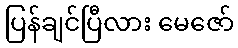
ပြန်ချင်ပြီလား မေဇော်